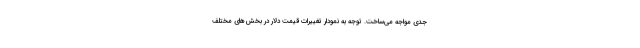
جدی مواجه می‌ساخت. توجه به نمودار تغییرات قیمت دلار در بخش‌های مختلف